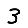
Digit: 3